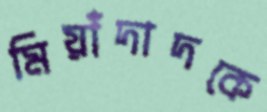
মিয়াঁদাদকে